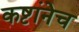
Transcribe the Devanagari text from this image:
कष्टांनेच